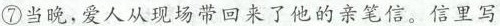
⑦当晚，爱人从现场带回来了他的亲笔信。信里写